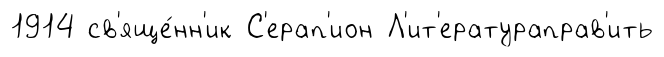
1914 св'яще́нн'ик С'ерап'ион Л'ит'ератураправ'ить